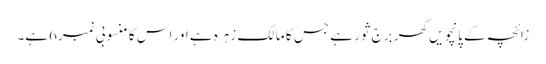
زائچہ کے پانچویں گھر برج ثور ہے جس کا مالک زہرہ ہے اور اس کا منسوبی نمبر6ہے۔